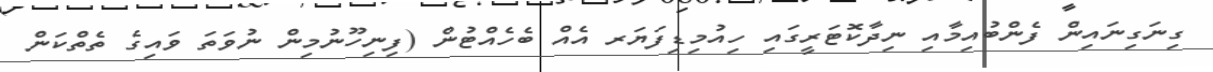
ގިނަގިނައިން ފެންބުއިމާއި ނިދާކޮޓަރީގައި ހިއުމިޑިފަޔަރ އެއް ބެހެއްޓުން (ފިނިހޫނުމިން ނުވަތަ ވައިގެ ތެތްކަން